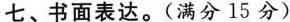
七、书面表达。(满分15分)